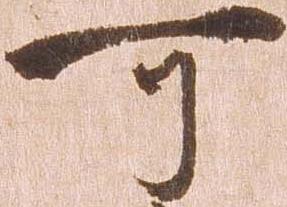
可